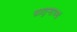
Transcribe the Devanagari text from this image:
भ्रातृभाज्यं